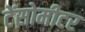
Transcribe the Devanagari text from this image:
टेंसोमीटर